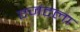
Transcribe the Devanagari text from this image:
एजंटला